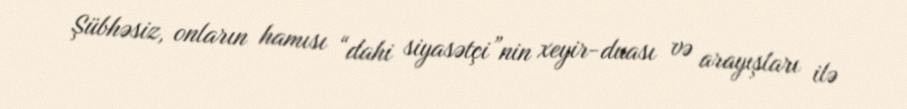
Şübhəsiz, onların hamısı “dahi siyasətçi”nin xeyir-duası və arayışları ilə